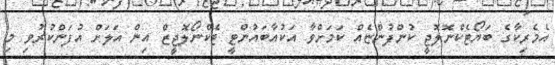
އެމެރިކާގެ ބަޔޯޓެކްނޮލޮޖީ ކުންފުންޏެއް ކަމަށްވާ އަކުއާބައުންޓީ ޓެކްނޯލޮޖީޒް އިން އަލަށް އުފަންކުރުވި މި